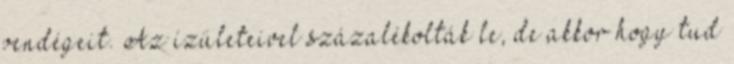
vendégeit. Az ízületeivel százalékolták le, de akkor hogy tud